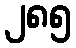
၂၈၅